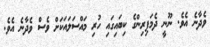
ވެދާނެ އެވެ. ނޫނީ ދެމަފިރިންގެ ކިބައިގައި ހުރި މައްސަލައަކަށް ވެސް ވެދާނެ އެވެ.